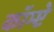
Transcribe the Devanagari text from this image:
कॉम्प्टे